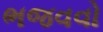
ભજવવો